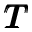
\pmb { T }